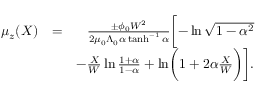
\begin{array} { r l r } { \mu _ { z } ( X ) } & { = } & { \frac { \pm \phi _ { 0 } W ^ { 2 } } { 2 \mu _ { 0 } \Lambda _ { 0 } \alpha \operatorname { t a n h } ^ { - 1 } \alpha } \biggl [ - \ln \sqrt { 1 - \alpha ^ { 2 } } } \\ & { } & { - \frac { X } { W } \ln \frac { 1 + \alpha } { 1 - \alpha } + \ln \biggl ( 1 + 2 \alpha \frac { X } { W } \biggr ) \biggr ] . } \end{array}